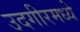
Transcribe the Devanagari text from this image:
उदगीरमध्ये